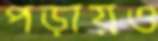
পড়ায়ও